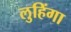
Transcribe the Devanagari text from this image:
लुहिंगा